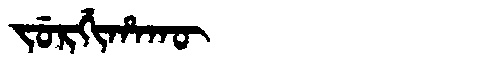
Manchu: ᠵᡠᡵᡤᡳᡥᠠᡴᡡ
Romanization: JURGIHAKŪ